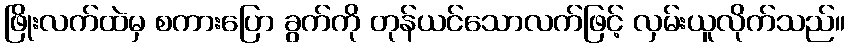
ဖြိုးလက်ထဲမှ စကားပြော ခွက်ကို တုန်ယင်သောလက်ဖြင့် လှမ်းယူလိုက်သည်။